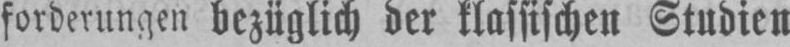
forderungen bezüglich der klassischen Studien